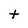
Character: t